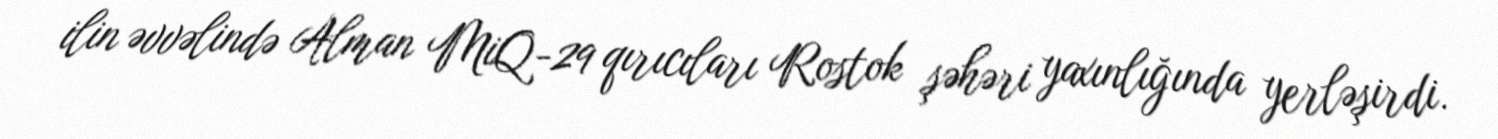
ilin əvvəlində Alman MiQ-29 qırıcıları Rostok şəhəri yaxınlığında yerləşirdi.